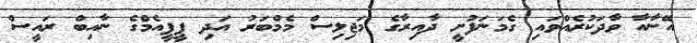
އޭނާއާ ވާދަކުރެއްވައި ގެމަނަފުށީ ދާއިރާގެ މަޖިލިސް މެމްބަރު އަދި ޕީޕީއެމްގެ ނާއިބް ރައީސް